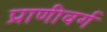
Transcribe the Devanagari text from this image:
प्राणीवर्ग